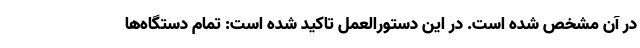
در آن مشخص شده است. در این دستورالعمل تاکید شده است: تمام دستگاه‌ها